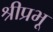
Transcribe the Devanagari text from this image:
श्रीप्रभू